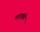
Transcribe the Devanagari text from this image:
नाटुरकुंडे